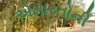
એમારતોની